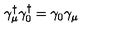
\gamma _ { \mu } ^ { \dagger } \gamma _ { 0 } ^ { \dagger } = \gamma _ { 0 } \gamma _ { \mu }